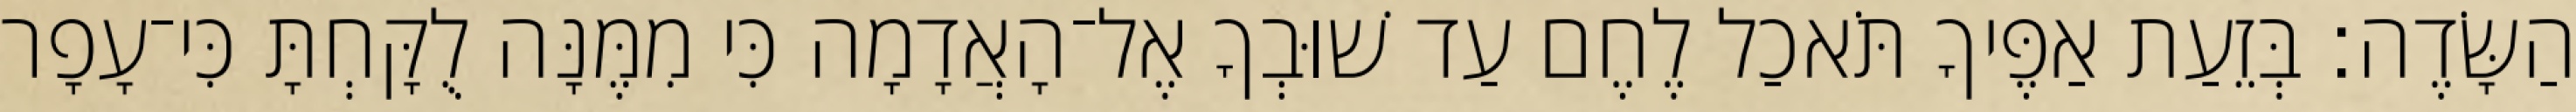
הַשָּׂדֶה׃ בְּזֵעַת אַפֶּיךָ תֹּאכַל לֶחֶם עַד שׁוּבְךָ אֶל־הָאֲדָמָה כִּי מִמֶּנָּה לֻקָּחְתָּ כִּי־עָפָר